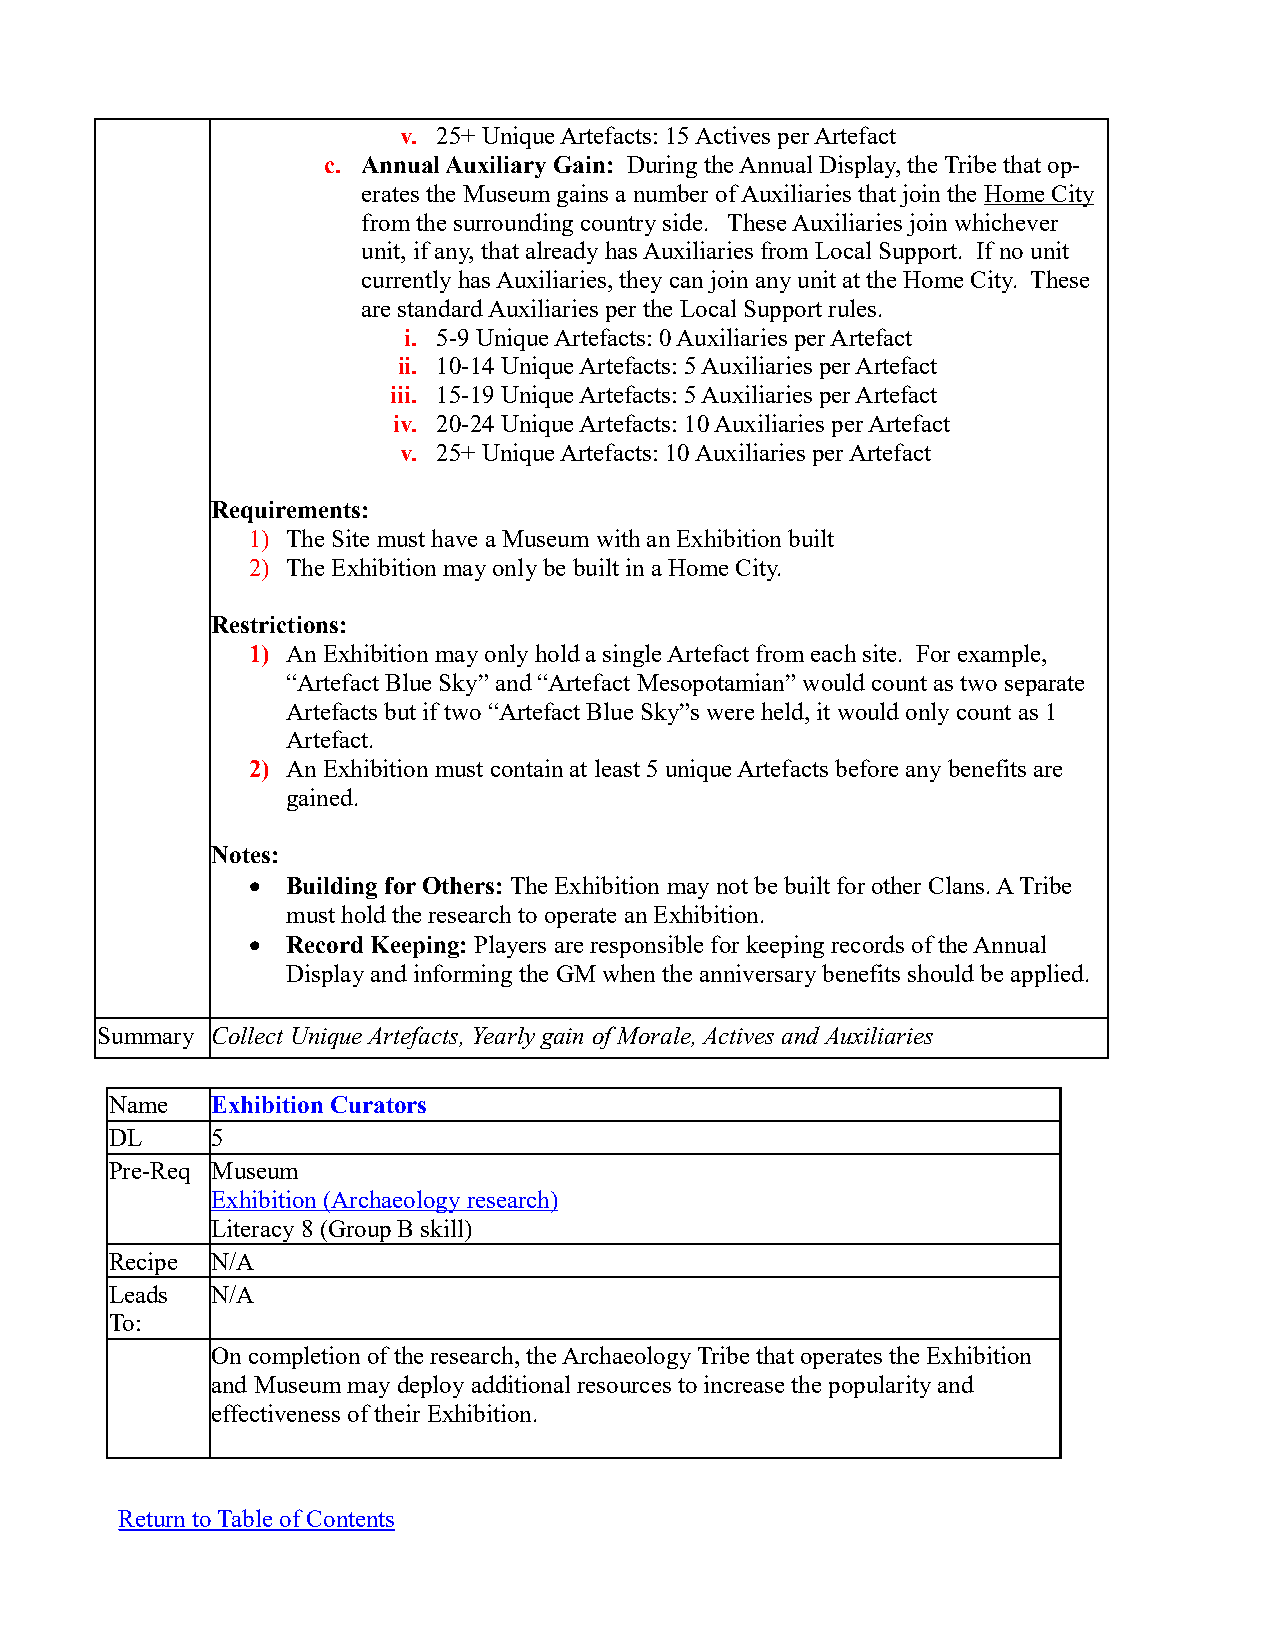
v. 25+ Unique Artefacts: 15 Actives per Artefact
 c. Annual Auxiliary Gain: During the Annual Display, the Tribe that op-
 erates the Museum gains a number of Auxiliaries that join the Home City
 from the surrounding country side. These Auxiliaries join whichever
 unit, if any, that already has Auxiliaries from Local Support. If no unit
 currently has Auxiliaries, they can join any unit at the Home City. These
 are standard Auxiliaries per the Local Support rules.
 i. 5-9 Unique Artefacts: 0 Auxiliaries per Artefact
 ii. 10-14 Unique Artefacts: 5 Auxiliaries per Artefact
 iii. 15-19 Unique Artefacts: 5 Auxiliaries per Artefact
 iv. 20-24 Unique Artefacts: 10 Auxiliaries per Artefact
 v. 25+ Unique Artefacts: 10 Auxiliaries per Artefact
 Requirements:
 1) The Site must have a Museum with an Exhibition built
 2) The Exhibition may only be built in a Home City.
 Restrictions:
 1) An Exhibition may only hold a single Artefact from each site. For example,
 “Artefact Blue Sky” and “Artefact Mesopotamian” would count as two separate
 Artefacts but if two “Artefact Blue Sky”s were held, it would only count as 1
 Artefact.
 2) An Exhibition must contain at least 5 unique Artefacts before any benefits are
 gained.
 Notes:
   Building for Others: The Exhibition may not be built for other Clans. A Tribe
 must hold the research to operate an Exhibition.
   Record Keeping: Players are responsible for keeping records of the Annual
 Display and informing the GM when the anniversary benefits should be applied.
 Summary Collect Unique Artefacts, Yearly gain of Morale, Actives and Auxiliaries
 Name   Exhibition Curators
 DL     5
 Pre-Req Museum
 Exhibition (Archaeology research)
 Literacy 8 (Group B skill)
 Recipe N/A
 Leads  N/A
 To:
 On completion of the research, the Archaeology Tribe that operates the Exhibition
 and Museum may deploy additional resources to increase the popularity and
 effectiveness of their Exhibition.
 Return to Table of Contents